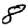
Digit: 8